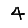
Digit: 4